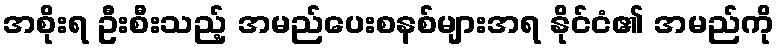
အစိုးရ ဦးစီးသည့် အမည်ပေးစနစ်များအရ နိုင်ငံ၏ အမည်ကို